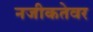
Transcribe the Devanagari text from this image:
नजीकतेवर